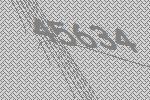
45634